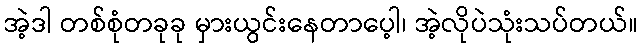
အဲ့ဒါ တစ်စုံတခုခု မှားယွင်းနေတာပေ့ါ၊ အဲ့လိုပဲသုံးသပ်တယ်။